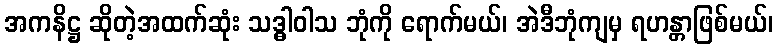
အကနိဋ္ဌ ဆိုတဲ့အထက်ဆုံး သဒ္ဓါဝါသ ဘုံကို ရောက်မယ်၊ အဲဒီဘုံကျမှ ရဟန္တာဖြစ်မယ်၊